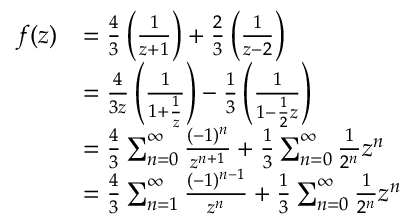
\begin{array} { r l } { f ( z ) } & { = \frac { 4 } { 3 } \left( \frac { 1 } { z + 1 } \right) + \frac { 2 } { 3 } \left( \frac { 1 } { z - 2 } \right) } \\ & { = \frac { 4 } { 3 z } \left( \frac { 1 } { 1 + \frac { 1 } { z } } \right) - \frac { 1 } { 3 } \left( \frac { 1 } { 1 - \frac { 1 } { 2 } z } \right) } \\ & { = \frac { 4 } { 3 } \sum _ { n = 0 } ^ { \infty } \frac { ( - 1 ) ^ { n } } { z ^ { n + 1 } } + \frac { 1 } { 3 } \sum _ { n = 0 } ^ { \infty } \frac { 1 } { 2 ^ { n } } z ^ { n } } \\ & { = \frac { 4 } { 3 } \sum _ { n = 1 } ^ { \infty } \frac { ( - 1 ) ^ { n - 1 } } { z ^ { n } } + \frac { 1 } { 3 } \sum _ { n = 0 } ^ { \infty } \frac { 1 } { 2 ^ { n } } z ^ { n } } \end{array}